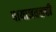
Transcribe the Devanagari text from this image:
पायाजवळची